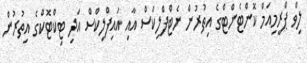
ލިވް ޕްރީމިއަމް ކޮންޓެންޓްގެ އިތުރުން ނެޓްފްލިކްސް އާއި އައިފްލިކްސް އަދި ޓިކްޓޮކްގެ އިތުރުން